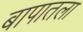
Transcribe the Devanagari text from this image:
बापातला